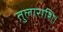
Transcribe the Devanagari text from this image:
तुलाराशि।